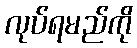
လုပ်ရမည်ကို